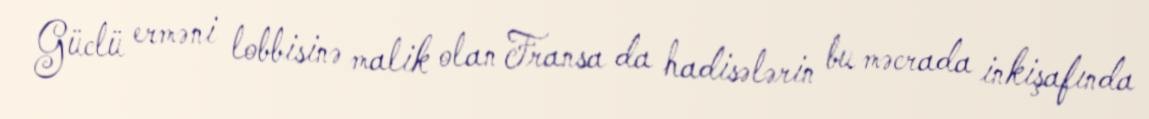
Güclü erməni lobbisinə malik olan Fransa da hadisələrin bu məcrada inkişafında